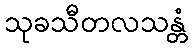
သုခသီတလသန္တံ